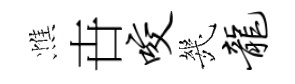
憔卋咬㡬龙